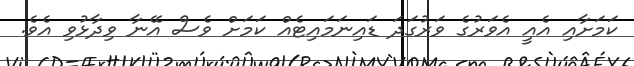
ކަމަށާއި އެއީ އެވަރުގެ ވަރުގަދަ ޑައިނަމައިޓެއް ކަމަށް ވެސް އޭނާ ވިދާޅުވި އެވެ.